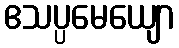
ဧသပ္ပမေယျော